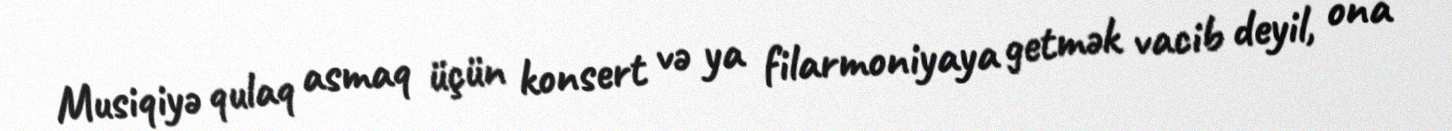
Musiqiyə qulaq asmaq üçün konsert və ya filarmoniyaya getmək vacib deyil, ona